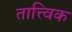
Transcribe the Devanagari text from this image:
तात्त्‍विक